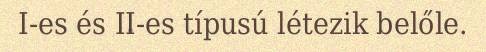
I-es és II-es típusú létezik belőle.